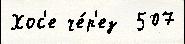
Хос'е че́р'ез  507